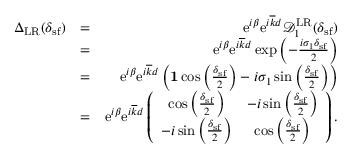
\begin{array} { r l r } { { \Delta } _ { \mathrm { L R } } ( \delta _ { \mathrm { s f } } ) } & { = } & { \mathrm { e } ^ { i \beta } \mathrm { e } ^ { i \overline { { k } } d } \mathcal { D } _ { 1 } ^ { \mathrm { L R } } ( \delta _ { \mathrm { s f } } ) } \\ & { = } & { \mathrm { e } ^ { i \beta } \mathrm { e } ^ { i \overline { { k } } d } \exp \left( - \frac { i \sigma _ { 1 } \delta _ { \mathrm { s f } } } { 2 } \right) } \\ & { = } & { \mathrm { e } ^ { i \beta } \mathrm { e } ^ { i \overline { { k } } d } \left( { \bf 1 } \cos \left( \frac { \delta _ { \mathrm { s f } } } { 2 } \right) - i \sigma _ { 1 } \sin \left( \frac { \delta _ { \mathrm { s f } } } { 2 } \right) \right) } \\ & { = } & { \mathrm { e } ^ { i \beta } \mathrm { e } ^ { i \overline { { k } } d } \left( \begin{array} { c c } { \cos \left( \frac { \delta _ { \mathrm { s f } } } { 2 } \right) } & { - i \sin \left( \frac { \delta _ { \mathrm { s f } } } { 2 } \right) } \\ { - i \sin \left( \frac { \delta _ { \mathrm { s f } } } { 2 } \right) } & { \cos \left( \frac { \delta _ { \mathrm { s f } } } { 2 } \right) } \end{array} \right) . } \end{array}